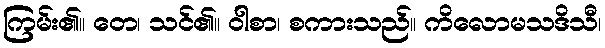
ကြမ်း၏။ တေ၊ သင်၏။ ဝါစာ၊ စကားသည်။ ကိလောမသဒိသီ၊